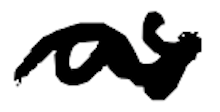
Text: as
Cross-out: wave
Writing tool: digital_black